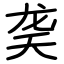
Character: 䶮